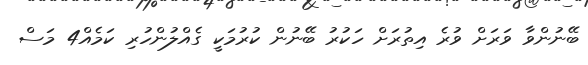
ބޭނުންވާ ވަރަށް ވުރެ އިތުރަށް ހަކުރު ބޭނުން ކުރުމަކީ ގެއްލުންހުރި ކަމެއް4 މަސް